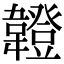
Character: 𩏠